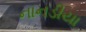
નાનડીયા